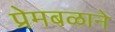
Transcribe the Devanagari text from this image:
प्रेमबळाने